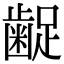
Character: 𮯇